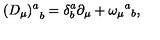
{ ( D _ { \mu } ) ^ { a } } _ { b } = \delta _ { b } ^ { a } \partial _ { \mu } + \omega _ { \mu } { } ^ { a } { } _ { b } ,